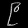
Digit: ၉